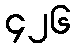
၄၂၆